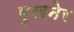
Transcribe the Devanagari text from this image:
बुखनेर